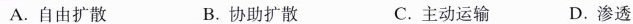
A.自由扩散 B.协助扩散 C.主动运输 D.渗透